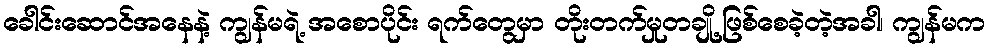
ခေါင်းဆောင်အနေနဲ့ ကျွန်မရဲ့ အစောပိုင်း ရက်တွေမှာ တိုးတက်မှုတချို့ ဖြစ်စေခဲ့တဲ့အခါ၊ ကျွန်မက